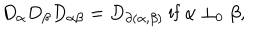
D _ { \alpha } D _ { \beta } D _ { \alpha \beta } = D _ { \partial ( \alpha , \beta ) } \mathrm { ~ i f ~ } \alpha \perp _ { 0 } \beta ,